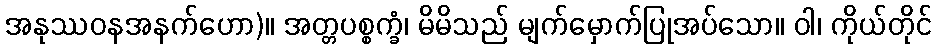
အနုဿဝနအနက်ဟော)။ အတ္တပစ္စက္ခံ၊ မိမိသည် မျက်မှောက်ပြုအပ်သော။ ဝါ၊ ကိုယ်တိုင်